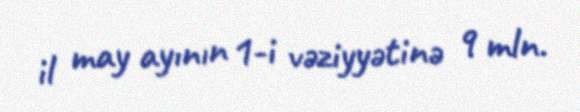
il may ayının 1-i vəziyyətinə 9 mln.